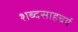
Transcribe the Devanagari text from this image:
शब्दसाहचर्य